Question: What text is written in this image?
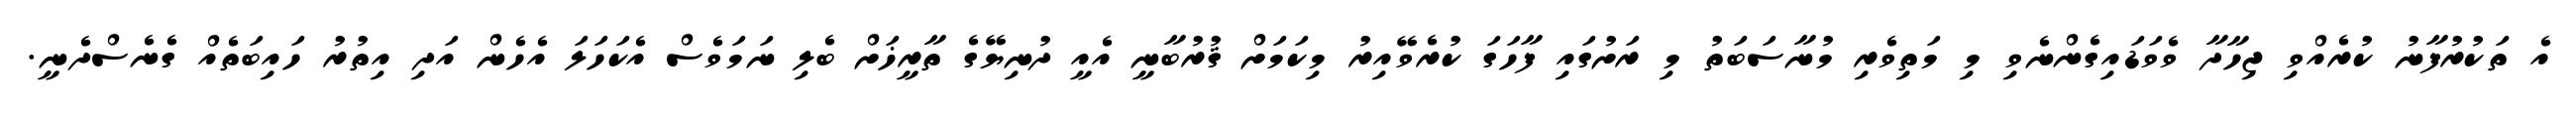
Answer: އެ ތަކުރުފާނު ކުރެއްވި ޖިހާދާ ވެވަޑައިގެންނެވި މި މަތިވެރި މުނާސަބަތު މި ރަށުގައި ފާހަގަ ކުރެވޭއިރު މިކަމަށް ޤުރުބާނީ އެއީ ދުނިޔޭގެ ތާރީޚަށް ބެލި ނަމަވެސް އެކަހަލަ އެހެން އަދި އިތުރު ހައިބަތެއް ގެނެސްދެނީ.